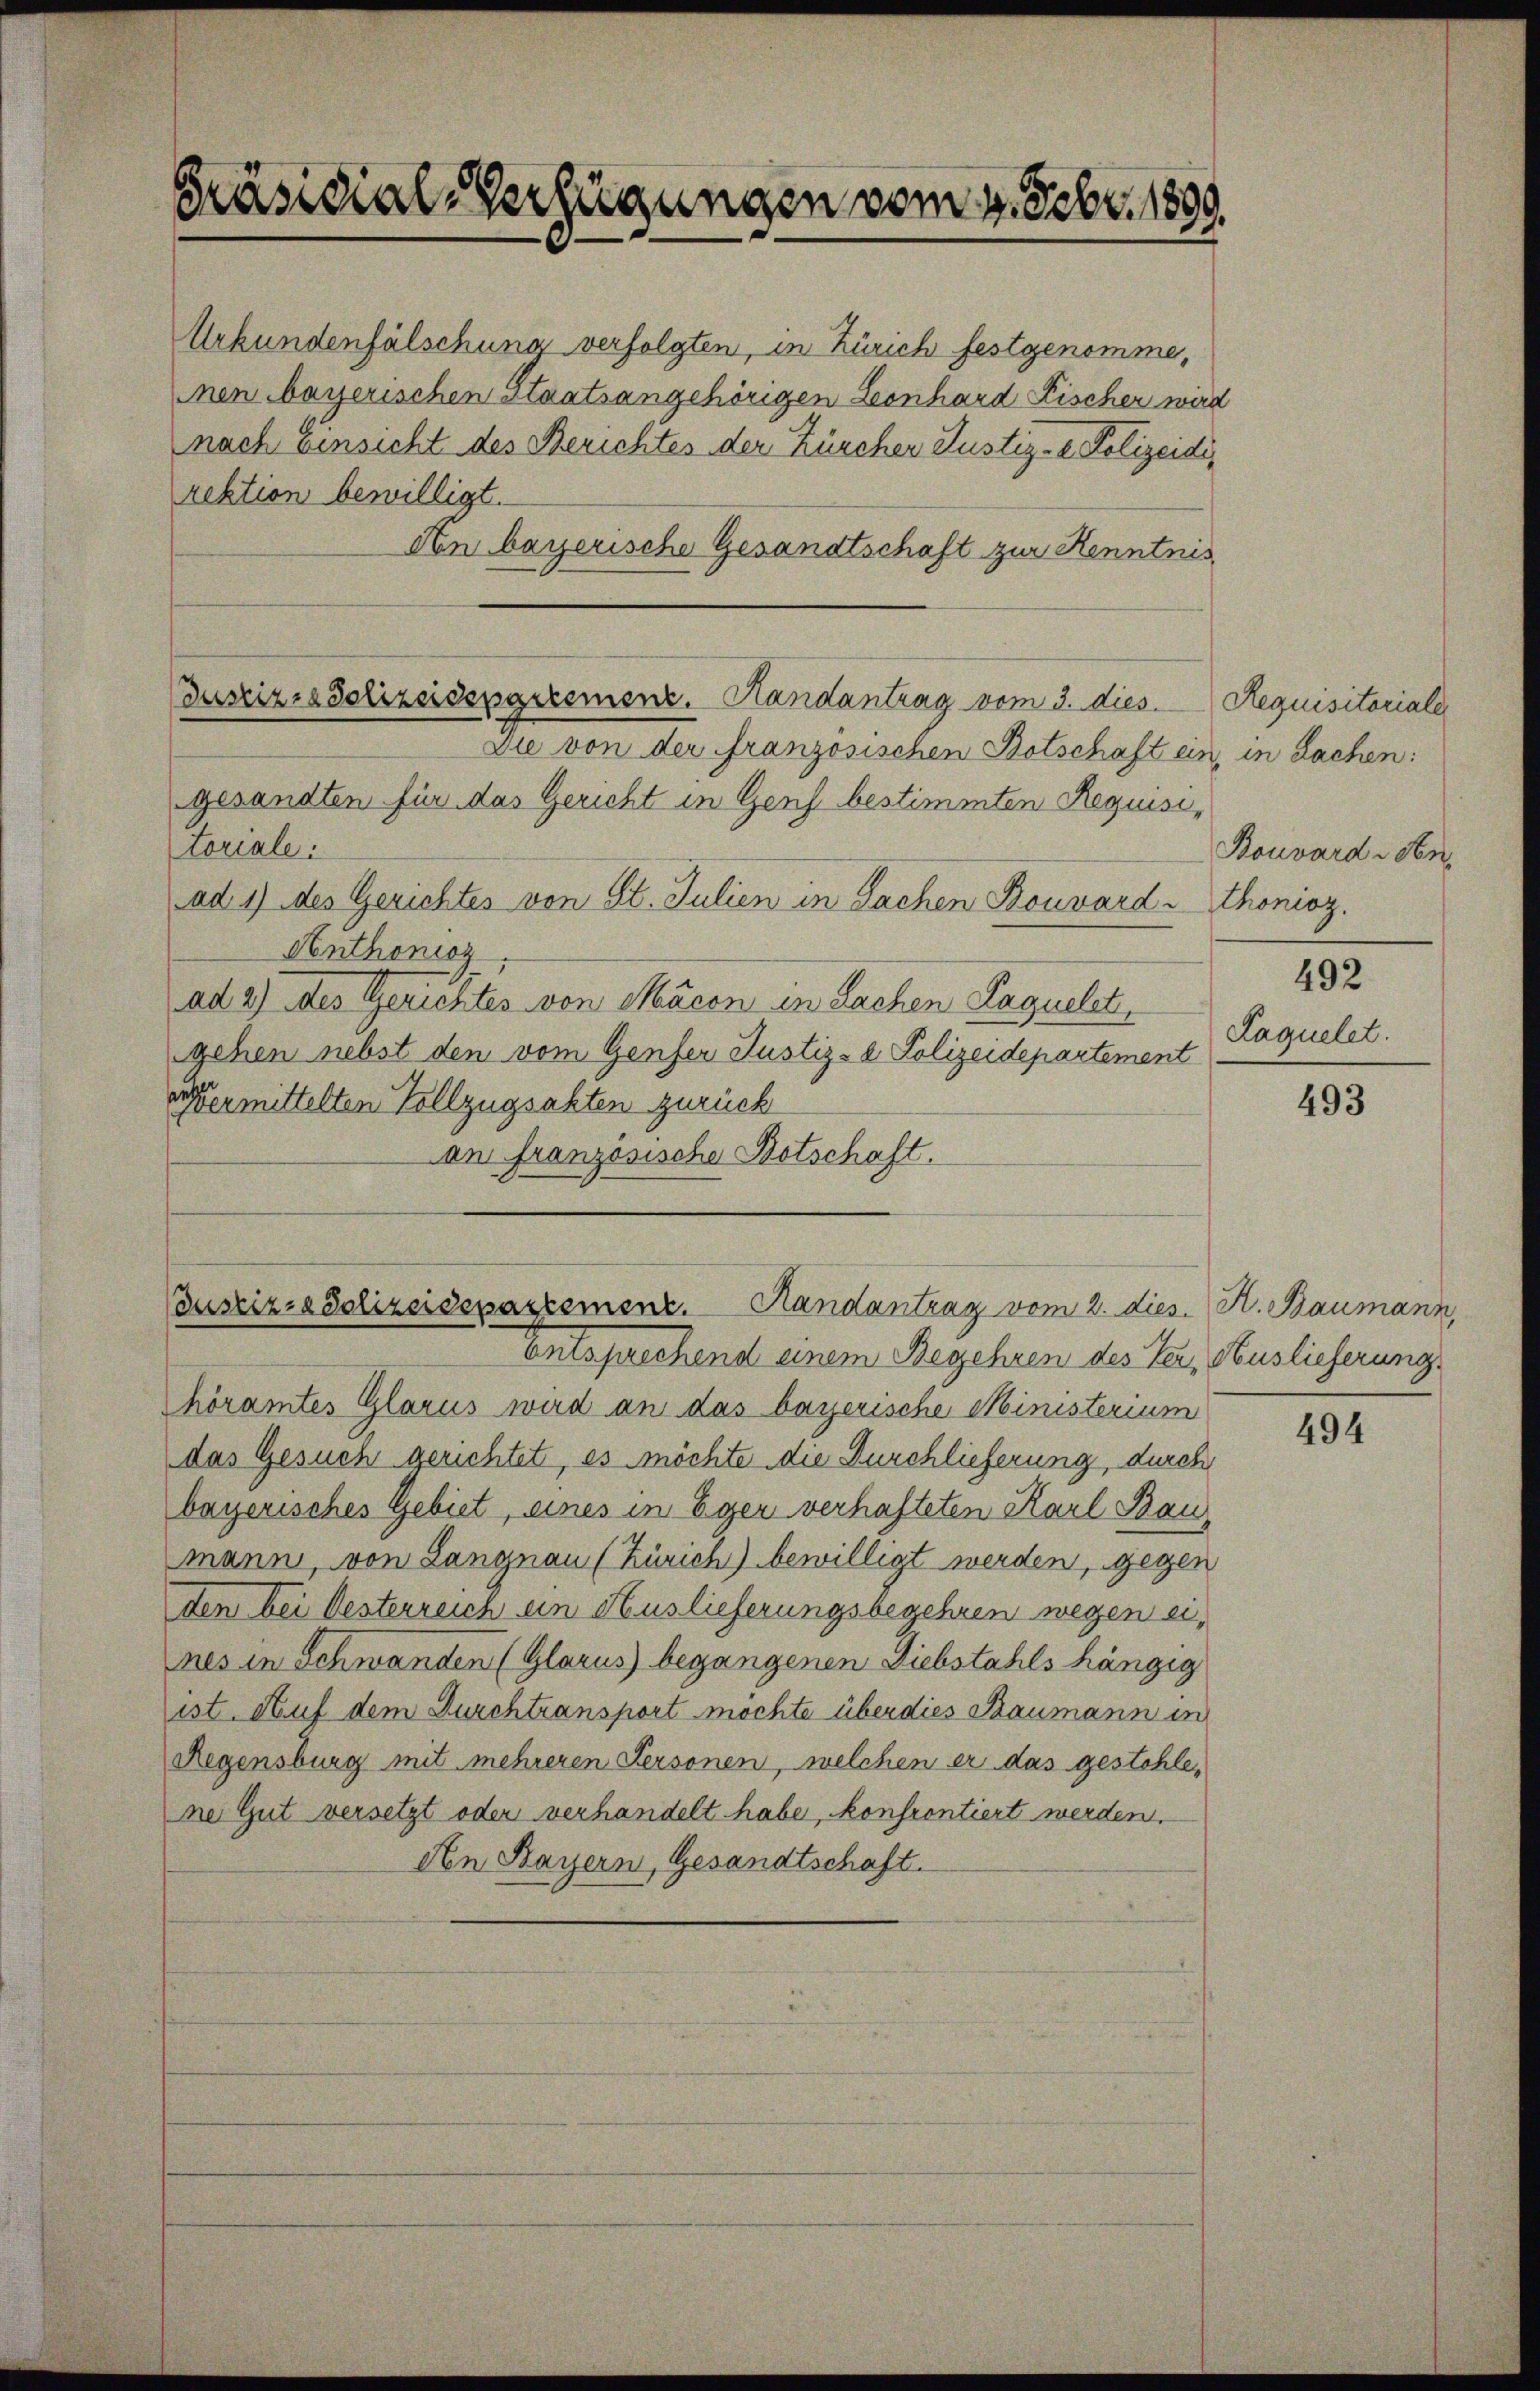
Präsidial-Verfügungen vom 4. Febr. 1899.

Justizia Polizeidergreemenz. Handantrag vom 3. dies Requisitoriale

Urkundenfälschung verfolgten, in Zürich festgenomme,
nen bayerischen Staatsangehörigen Leonhard Fischer wird
nach Einsicht des Berichtes der Zürcher Justiz- & Polizeidirektion bewilligt.
An bayerische Gesandtschaft zur Kenntnis
Die von der französischen Botschaft ein, in Sachen:
gesandten für das Gericht in Gens bestimmten Requisitoriale:
ad. 1) des Gerichtes von St. Julien in Sachen Bouvard-Thonioz.
Anthonor
ad 2) des Gerichtes von Macon in Sachen Paquelet,
gehen nebst den vom Genfer Justiz- & Polizeidepartement
vermittelten Vollzugsakten zurück
an französische Botschaft.

Busziz. Polizeidepartemenz. Handantrag vom 2. dies. H. Baumann,

Entsprechend einem Begehren des Ter, Auslieferung
höramtes Glarus wird an das bayerische Ministerium
das Gesuch gerichtet, es möchte die Durchlieferung, durch
bayerisches Gebiet, eines in Eger verhafteten Karl Bau
mann, von Langnau (Zürich) bewilligt werden, gegen
den bei Oesterreich ein Auslieferungsbegehren wegen eines in Schwanden (Glarus begangenen Diebstahls hängig
ist. Auf dem Durchtransport möchte über dies Baumann in
Regensburg mit mehreren Personen, welchen er das gestohlene Gut versetzt oder verhandelt habe, konfrontiert werden.
An Bayern, Gesandtschaft.

Bouvard iden,
492
Laquelet.

493

494